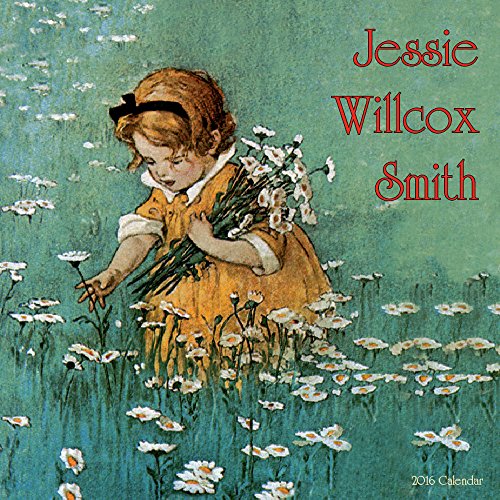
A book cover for Jessie Willcox Smith (CL53182); Jessie Willcox Smith; Calendars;